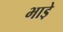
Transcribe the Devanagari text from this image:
भाडे़